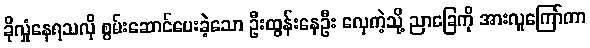
ခိုလှုံနေရသလို စွမ်းဆောင်ပေးခဲ့သော ဦးထွန်းနေဦး လှေကဲ့သို့ ညာခြေကို အားလူကြော်ကာ